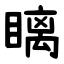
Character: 瞝